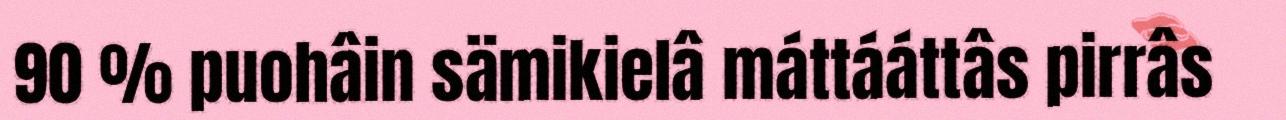
90 % puohâin sämikielâ máttááttâs pirrâs